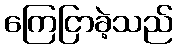
ကြေငြာခဲ့သည်